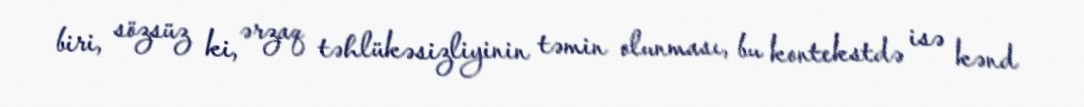
biri, sözsüz ki, ərzaq təhlükəsizliyinin təmin olunması, bu kontekstdə isə kənd